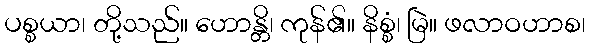
ပစ္စယာ၊ တို့သည်။ ဟောန္တိ၊ ကုန်၏။ နိစ္စံ၊ မြဲ။ ဖလာဝဟာစ၊